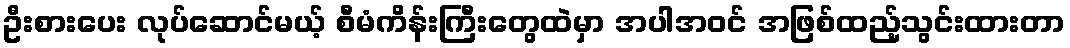
ဦးစားပေး လုပ်ဆောင်မယ့် စီမံကိန်းကြီးတွေထဲမှာ အပါအဝင် အဖြစ်ထည့်သွင်းထားတာ